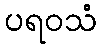
ပရဝသံ